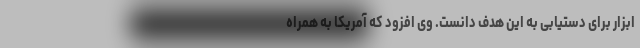
ابزار برای دستیابی به این هدف دانست. وی افزود که آمریکا به همراه